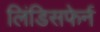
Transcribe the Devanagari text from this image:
लिंडिसफेर्न